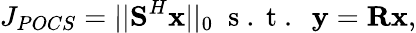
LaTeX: J_{POCS}=||\textbf{S}^{H}\textbf{x}||_{0}\; \mathrm{~s~.~t~.~}\; \textbf{y}=\textbf{R}\textbf{x},